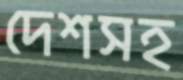
দেশসহ